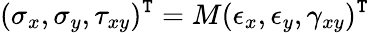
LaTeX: (\sigma_{x},\sigma_{y},\tau_{xy})^{\mathtt{T}}=M(\epsilon_{x},\epsilon_{y},\gamma_{xy})^{\mathtt{T}}